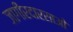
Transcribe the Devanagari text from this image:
जागीरदारसाओ